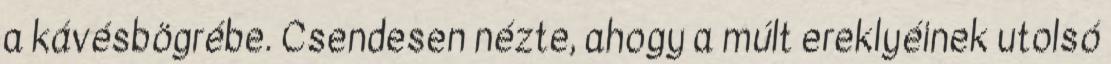
a kávésbögrébe. Csendesen nézte, ahogy a múlt ereklyéinek utolsó